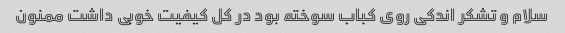
سلام و تشکر اندکی روی کباب سوخته بود در کل کیفیت خوبی داشت ممنون